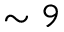
\sim 9